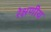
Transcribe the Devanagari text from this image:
रेक्षणीय